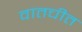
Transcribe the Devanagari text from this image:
वातचीत